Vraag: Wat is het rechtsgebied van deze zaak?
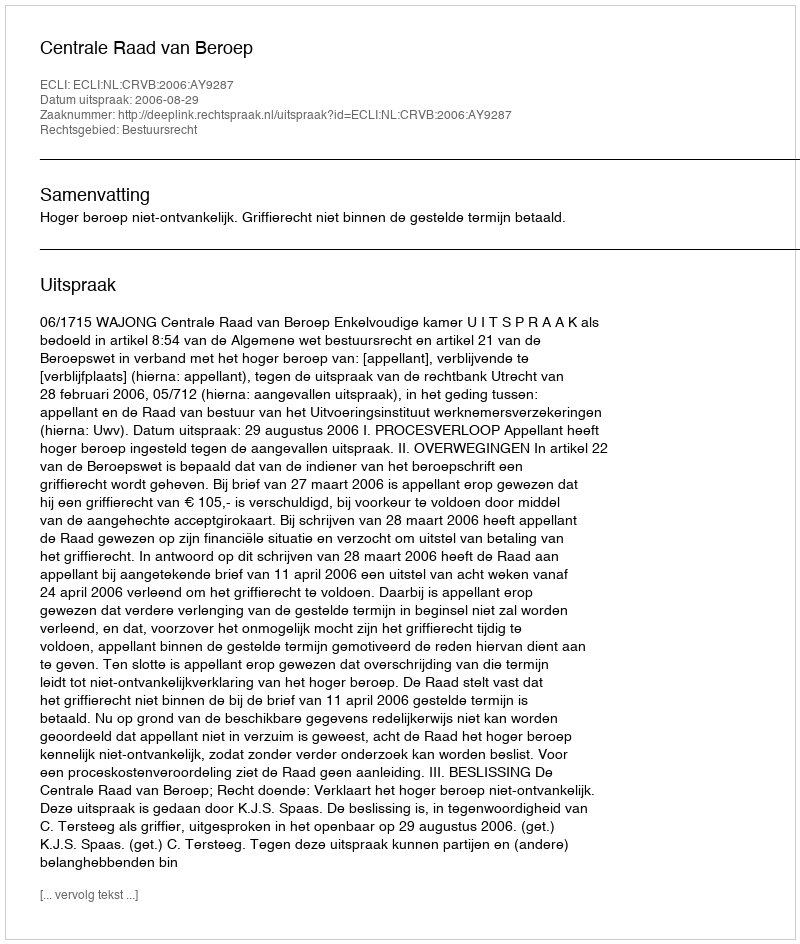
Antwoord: Bestuursrecht